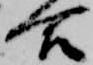
合